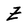
Character: Z